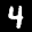
Label: 4